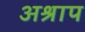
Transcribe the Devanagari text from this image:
अश्राप